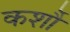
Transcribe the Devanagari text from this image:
कर्शौ